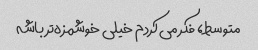
متوسط، فکر می‌کردم خیلی خوشمزه‌تر باشه